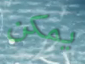
يمكن